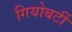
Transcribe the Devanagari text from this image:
गियोबर्टी